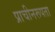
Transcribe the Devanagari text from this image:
प्राचीनरूपता